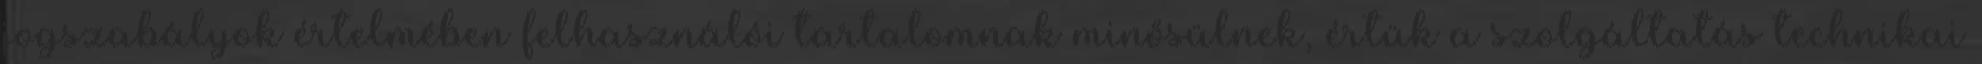
jogszabályok értelmében felhasználói tartalomnak minősülnek, értük a szolgáltatás technikai